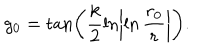
g _ { 0 } = \tan \left( \frac { k } { 2 } \ln \left| \ln \frac { r _ { 0 } } { r } \right| \right) .